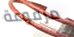
مرفوعة